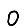
Digit: 0